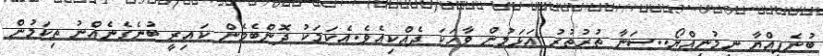
ބުނެފިއްޔާ ނިމުނިއްޔޯ..ސަނާ ތުރުތުރު އަޅަމުން ވާހަކަ ދެއްކިއެވެ.އެކަމަކު ދޮންބެމެން ކައިރީ ބުނެގެނެއްނު ތިކަމުން